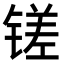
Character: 𫟿